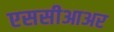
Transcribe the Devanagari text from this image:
एससीआअर